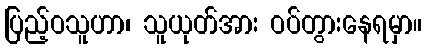
ပြည့်ဝသူဟာ၊ သူယုတ်အား ဝပ်တွားနေရမှာ။